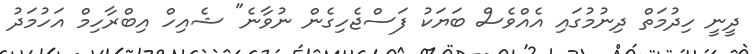
ދީނީ ހިދުމަތް ދިނުމުގައި އެއްވެސް ބަޔަކު ފަސްޖެހިގެން ނުވާނެ" ޝެއިހް އިބްރާހިމް އަހުމަދު